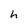
Character: h